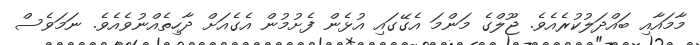
މާމައާއި ބައްދަލުކުރެއެވެ. ޖޫލްގެ މަންމަ އެގޭގައި އުޅެން ފެށުމުން އެގެއަށް ދާހިތެއްނުވެއެވެ. ނަމަވެސް